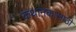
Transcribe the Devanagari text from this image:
कथानकासाठी